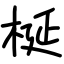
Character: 梴